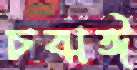
চঝঈ